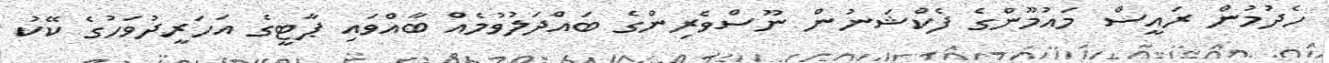
ހެދުމުން ރައީސް މައުމޫންގެ ފެކްޝަނުން ނޫސްވެރިންގެ ބައްދަލުވުމެއް ބާއްވައި ޕާޓީގެ އަހަރީދުވަހުގެ ކޭކު